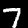
Label: 7